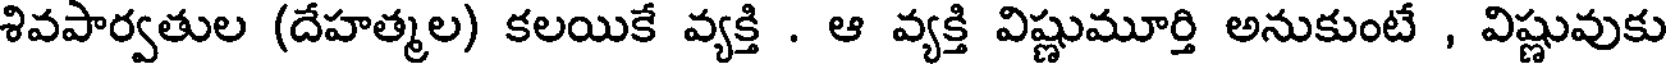
శివపార్వతుల (దేహత్మల) కలయికే వ్యక్తి . ఆ వ్యక్తి విష్ణుమూర్తి అనుకుంటే , విష్ణువుకు